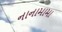
નાનામામા